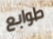
طوابع